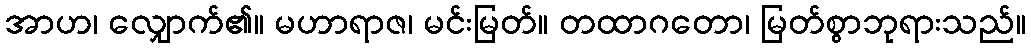
အာဟ၊ လျှောက်၏။ မဟာရာဇ၊ မင်းမြတ်။ တထာဂတော၊ မြတ်စွာဘုရားသည်။